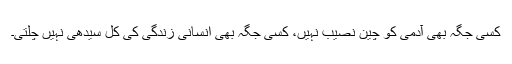
کسی جگہ بھی آدمی کو چین نصیب نہیں، کسی جگہ بھی انسانی زندگی کی کل سیدھی نہیں چلتی۔